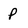
Character: P